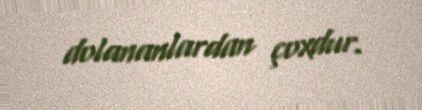
dolananlardan çoxdur.